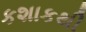
કશાકથી